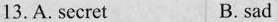
13.A. secret B. sad